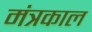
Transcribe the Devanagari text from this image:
मंत्रकाल